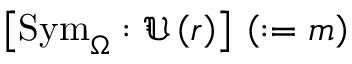
\left[ \mathrm { S y m } _ { \Omega } : \mathfrak { U } \left( r \right) \right] \: \left( : = m \right)